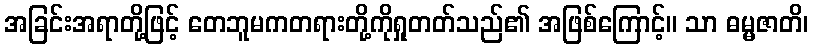
အခြင်းအရာတို့ဖြင့် တေဘူမကတရားတို့ကိုရှုတတ်သည်၏ အဖြစ်ကြောင့်။ သာ ဓမ္မဇာတိ၊